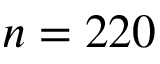
n = 2 2 0